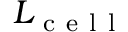
L _ { \mathrm { ~ c ~ e ~ l ~ l ~ } }